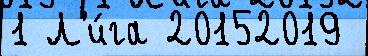
1 Л'и́га 20152019